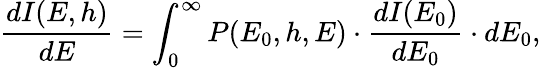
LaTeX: {\frac{dI(E,h)}{dE}}=\int_{0}^{\infty}P(E_{0},h,E)\cdot{\frac{dI(E_{0})}{dE_{0}}}\cdot dE_{0},